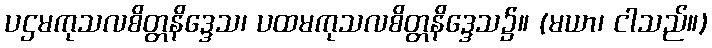
ပဌမကုသလစိတ္တနိဒ္ဒေသ၊ ပထမကုသလစိတ္တနိဒ္ဒေသ၌။ (မယာ၊ ငါသည်။)